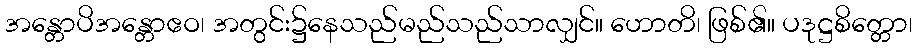
အန္တောပိအန္တောဧဝ၊ အတွင်း၌နေသည်မည်သည်သာလျှင်။ ဟောတိ၊ ဖြစ်၏။ ပဒုဋ္ဌစိတ္တော၊